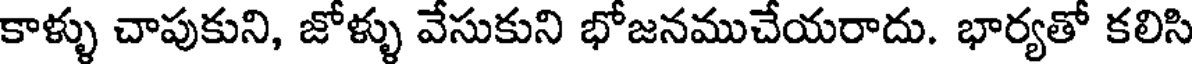
కాళ్ళు చాపుకుని, జోళ్ళు వేసుకుని భోజనముచేయరాదు. భార్యతో కలిసి